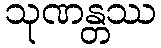
သုဏန္တဿ